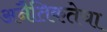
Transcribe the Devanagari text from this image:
अनैतिकतेचा